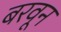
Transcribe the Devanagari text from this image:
बरवून